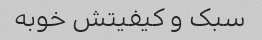
سبک و کیفیتش خوبه